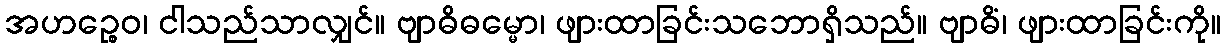
အဟဉ္စေဝ၊ ငါသည်သာလျှင်။ ဗျာဓိဓမ္မော၊ ဖျားထာခြင်းသဘောရှိသည်။ ဗျာဓိံ၊ ဖျားထာခြင်းကို။